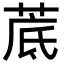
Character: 菧